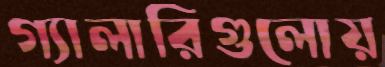
গ্যালারিগুলোয়